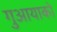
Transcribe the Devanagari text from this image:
गुआयाको